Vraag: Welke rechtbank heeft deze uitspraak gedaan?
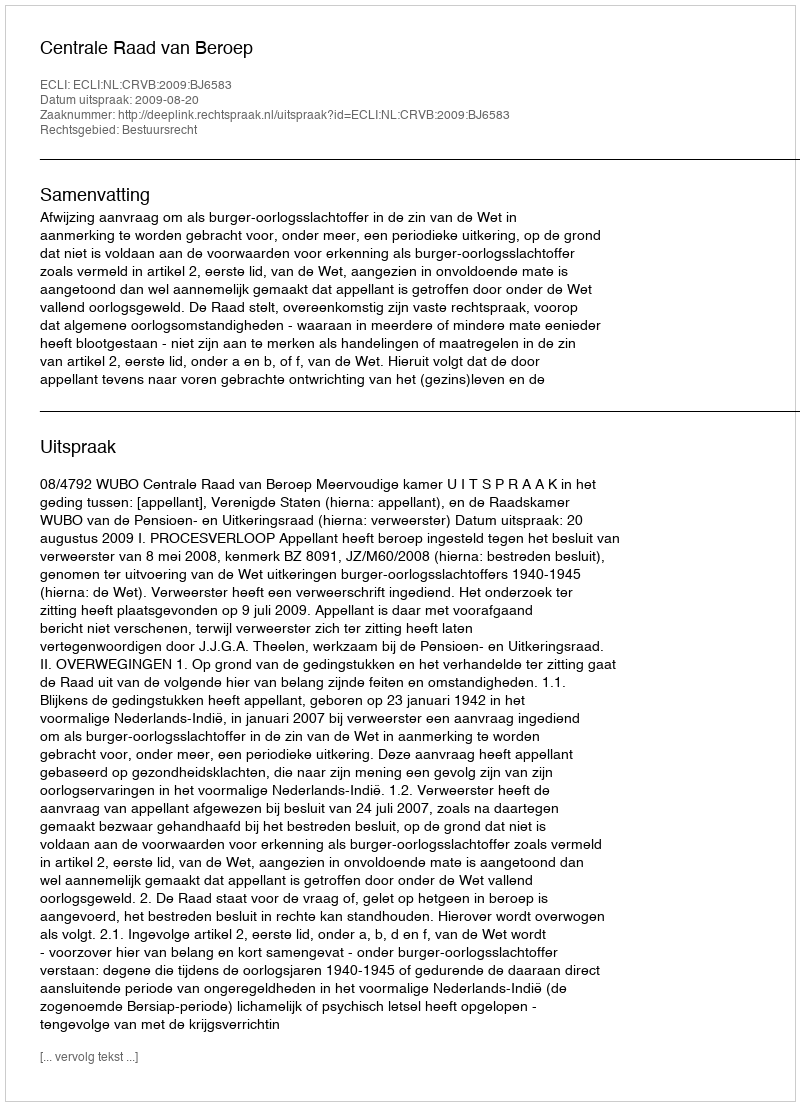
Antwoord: Centrale Raad van Beroep